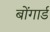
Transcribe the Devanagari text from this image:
बोंगार्ड